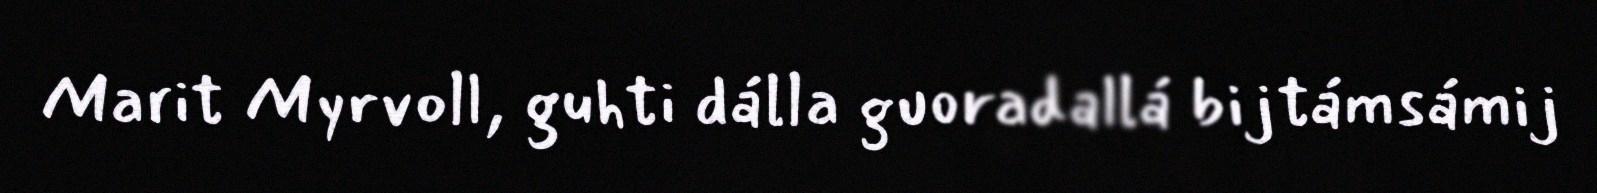
Marit Myrvoll, guhti dálla guoradallá bijtámsámij